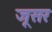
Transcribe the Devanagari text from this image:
जूसर